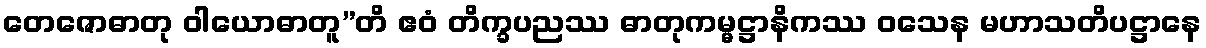
တေဇောဓာတု ဝါယောဓာတူ”တိ ဧဝံ တိက္ခပညဿ ဓာတုကမ္မဋ္ဌာနိကဿ ဝသေန မဟာသတိပဋ္ဌာနေ